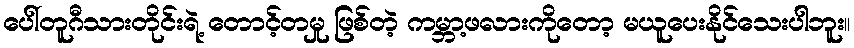
ပေါ်တူဂီသားတိုင်းရဲ့ တောင့်တမှု ဖြစ်တဲ့ ကမ္ဘာ့ဖလားကိုတော့ မယူပေးနိုင်သေးပါဘူး။